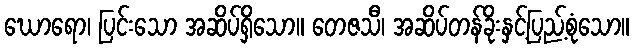
ဃောရော၊ ပြင်းသော အဆိပ်ရှိသော။ တေဇသီ၊ အဆိပ်တန်ခိုးနှင့်ပြည့်စုံသော။